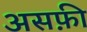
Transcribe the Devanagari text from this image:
असफ़ी